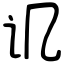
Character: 讥